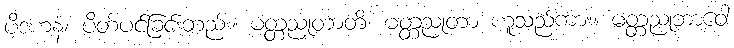
ပိဒဟနံ၊ ပိတ်ပင်ခြင်းတည်း။ မတ္တညုတာတိ၊ မတ္တညုတာ ဟူသည်ကား။ မတ္တညုဘာဝေါ